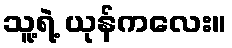
သူ့ရဲ့ ယုန်ကလေး။